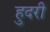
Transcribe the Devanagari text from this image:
हुदरी